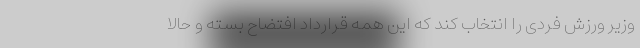
وزیر ورزش فردی را انتخاب کند که این همه قرارداد افتضاح بسته و حالا